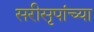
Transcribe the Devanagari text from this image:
सरीसृपांच्या